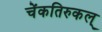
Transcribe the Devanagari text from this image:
चेंकतिरुकल्